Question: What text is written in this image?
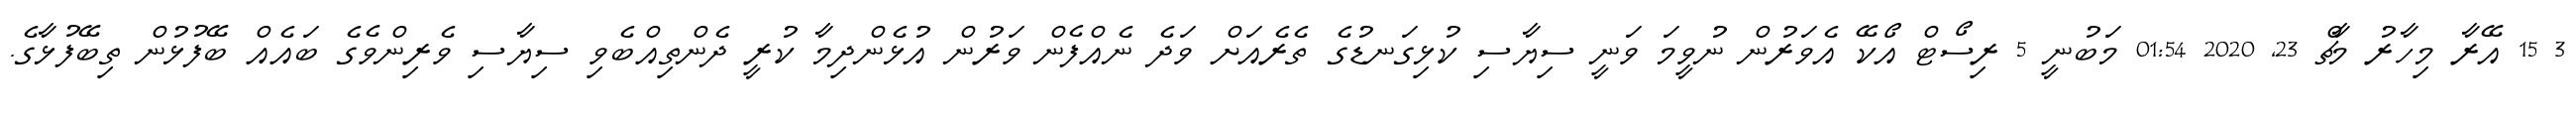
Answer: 3 15 އޭރާ މިހާރު މާޗް 23, 2020 01:54 މަބުނީ 5 ރިސޯޓް އޯކޭ އެވަރުން ނުވީމަ ވަނީ ސިޔާސި ކުޅިގަނޑުގެ ތެރެއަށް ވަދެ ނެއްފެން ވަރުން އުޅެންދިމާ ކުރީ ދެންތިއްބެވި ސިޔާސި ވެރިންވެގެ ބައެއް ބޭފުޅުން ތިބޭފުޅާގެ.